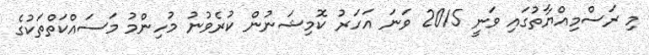
މި ރަސްމިއްޔާތުގައި ވަނީ 2015 ވަނަ އަހަރު ކޮމިޝަނުން ކުރެވުނު މުހިންމު މަސައްކަތްތަކުގެ